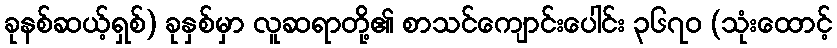
ခုနစ်ဆယ့်ရှစ်) ခုနှစ်မှာ လူဆရာတို့၏ စာသင်ကျောင်းပေါင်း ၃၆၇၀ (သုံးထောင့်